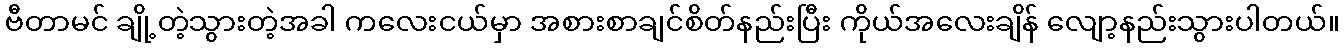
ဗီတာမင် ချို့တဲ့သွားတဲ့အခါ ကလေးငယ်မှာ အစားစာချင်စိတ်နည်းပြီး ကိုယ်အလေးချိန် လျော့နည်းသွားပါတယ်။